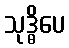
သုဒ္ဓိပေ